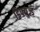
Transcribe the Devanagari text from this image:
डिफ्युज्ड